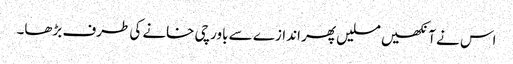
اس نے آنکھیں مسلیں پھر اندازے سے باورچی خانے کی طرف بڑھا۔